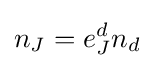
n_{J}=e_{J}^{d}n_{d}